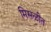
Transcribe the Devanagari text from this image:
मिसळीत